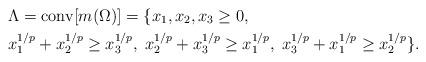
LaTeX: \begin{align*}&\Lambda=\mathrm{conv}[m(\Omega)] = \{ x_{1},x_{2},x_{3} \geq 0,\\&x_{1}^{1/p}+x_{2}^{1/p}\geq x_{3}^{1/p},\; x_{2}^{1/p}+x_{3}^{1/p}\geq x_{1}^{1/p},\; x_{3}^{1/p}+x_{1}^{1/p}\geq x_{2}^{1/p}\}.\end{align*}